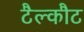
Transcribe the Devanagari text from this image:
टैल्कौट